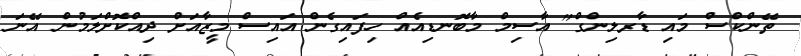
ތޭންކްސް މައި ޑާރލިންގް" އާސިމް މާބޮނޑިއެއް ހިފައިގެން އައިސް މީޒާއަށް ދިއްކޮށްލަމުން އޭނަ